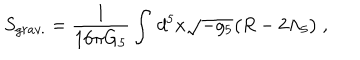
S _ { g r a v . } = \frac { 1 } { 1 6 \pi G _ { 5 } } \int \, d ^ { 5 } x \sqrt { - g _ { 5 } } \big ( R - 2 \Lambda _ { 5 } \big ) \ ,